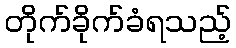
တိုက်ခိုက်ခံရသည့်